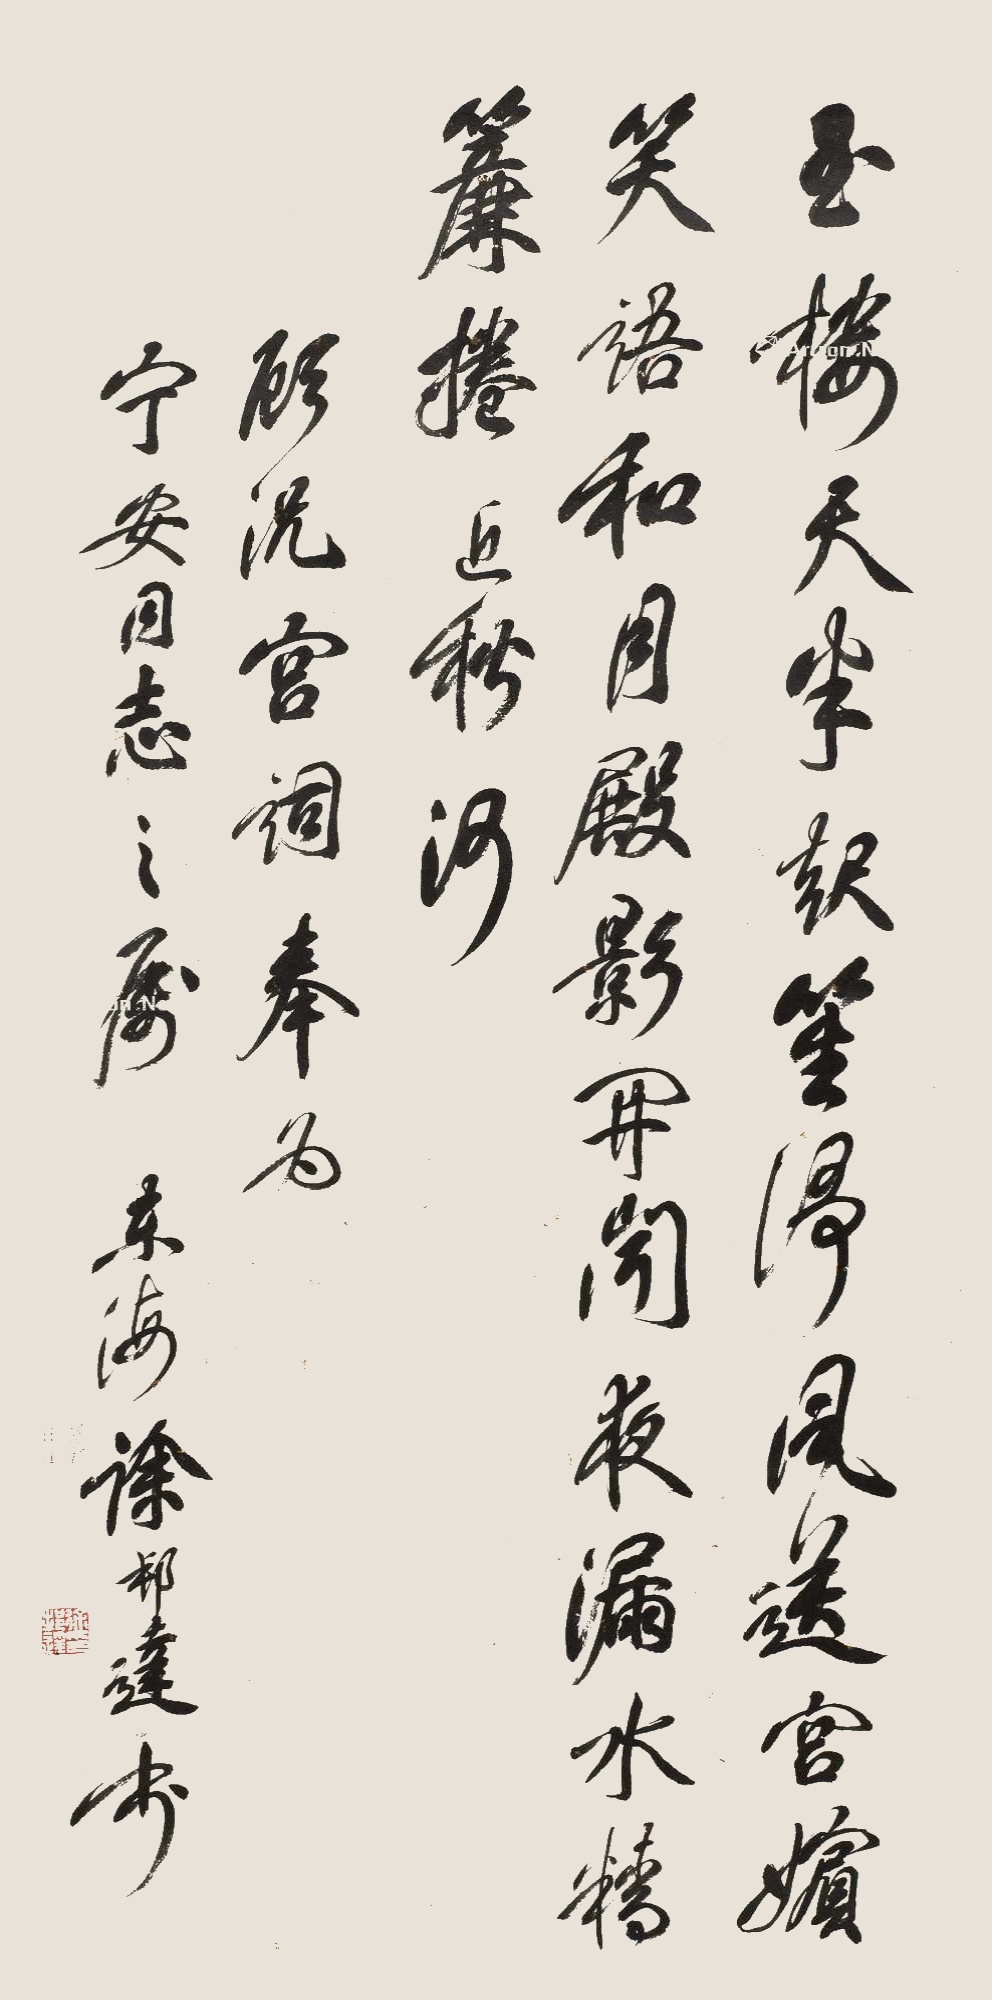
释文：玉楼天半起笙歌，风送宫嫔笑语和。月殿影开闻夜漏，水晶帘卷近秋河。顾况宫词奉为宁安同志之属，东海徐邦达书。